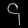
Digit: ၄